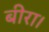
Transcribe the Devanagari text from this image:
बीरा।